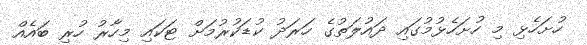
ހުށަހެޅި މި ހުށަހެޅުމުގައި ދައުލަތުގެ ހަރަދު ކުޑަކުރުމަށް ޓަކައި މިހާރު ހުރި ބައެއް